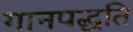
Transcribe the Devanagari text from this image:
गानपद्धति